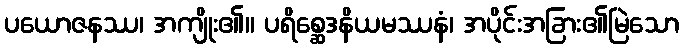
ပယောဇနဿ၊ အကျိုး၏။ ပရိစ္ဆေဒနိယမဿနံ၊ အပိုင်းအခြား၏မြဲသော